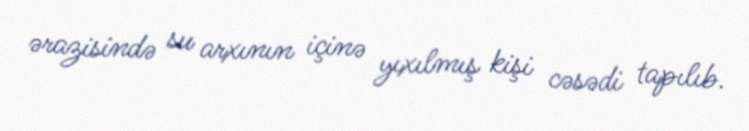
ərazisində su arxının içinə yıxılmış kişi cəsədi tapılıb.